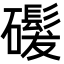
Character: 𬒨